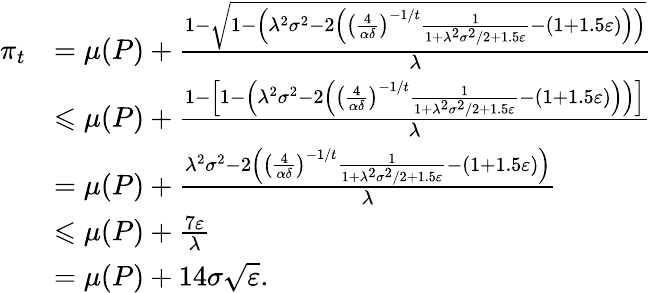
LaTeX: \begin{array}{rl}{\pi_{t}}&{=\mu(P)+\frac{1-\sqrt{1-\left(\lambda^{2}\sigma^{2}-2\left(\left(\frac{4}{\alpha\delta}\right)^{-1/t}\frac{1}{1+\lambda^{2}\sigma^{2}/2+1.5\varepsilon}-(1+1.5\varepsilon)\right)\right)}}{\lambda}}\\ &{\leqslant\mu(P)+\frac{1-\left[1-\left(\lambda^{2}\sigma^{2}-2\left(\left(\frac{4}{\alpha\delta}\right)^{-1/t}\frac{1}{1+\lambda^{2}\sigma^{2}/2+1.5\varepsilon}-(1+1.5\varepsilon)\right)\right)\right]}{\lambda}}\\ &{=\mu(P)+\frac{\lambda^{2}\sigma^{2}-2\left(\left(\frac{4}{\alpha\delta}\right)^{-1/t}\frac{1}{1+\lambda^{2}\sigma^{2}/2+1.5\varepsilon}-(1+1.5\varepsilon)\right)}{\lambda}}\\ &{\leqslant\mu(P)+\frac{7\varepsilon}{\lambda}}\\ &{=\mu(P)+14\sigma\sqrt{\varepsilon}.}\end{array}